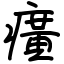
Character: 癀